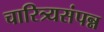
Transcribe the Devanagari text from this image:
चारित्र्यसंपन्न